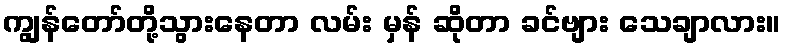
ကျွန်တော်တို့သွားနေတာ လမ်း မှန် ဆိုတာ ခင်ဗျား သေချာလား။